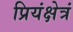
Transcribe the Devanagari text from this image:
प्रियंक्षेत्रं